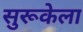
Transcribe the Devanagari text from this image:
सुरूकेला